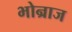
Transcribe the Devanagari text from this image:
भोन्राज